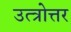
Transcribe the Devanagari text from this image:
उत्त्रोत्तर